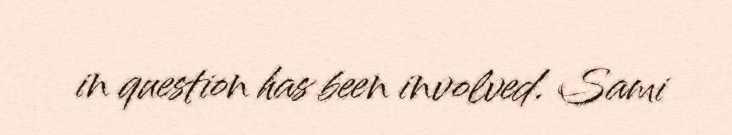
in question has been involved. Sami